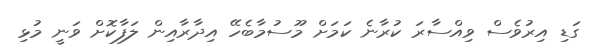
ގަޑި އިރުވެސް ވިއްސާރަ ކުރާނެ ކަމަށް މޫސުމާބެހޭ އިދާރާއިން ލަފާކޮށް ވަނީ މުޅި